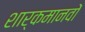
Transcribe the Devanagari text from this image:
शार्कमानवों